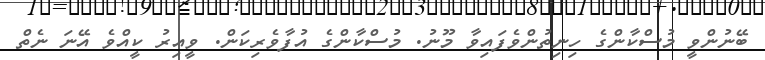
ބޭނުންވީ މުސްކާންގެ ހިނިތުންވެފައިވާ މޫނު. މުސްކާންގެ އުފާވެރިކަން. ވީއިރު ކީއްވެ އޭނަ ނެތް